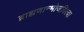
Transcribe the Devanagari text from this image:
ब्राह्मणान्भोजयित्वा